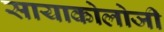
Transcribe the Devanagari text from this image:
सायाकोलोजी